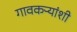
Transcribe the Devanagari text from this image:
गावकऱ्यांशी